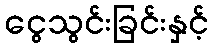
ငွေသွင်းခြင်းနှင့်